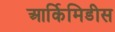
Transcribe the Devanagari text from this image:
आर्किमिडीस